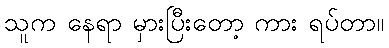
သူက နေရာ မှားပြီးတော့ ကား ရပ်တာ။